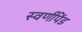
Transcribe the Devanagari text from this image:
स्वर्णपिंड